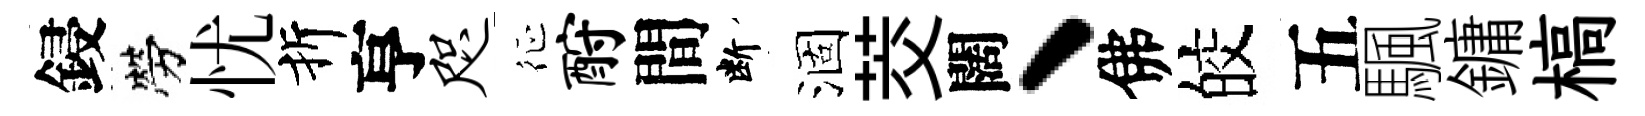
鋟勞忧折亨咫征酹間断涸茭闊、佛皎五颿鏞槁